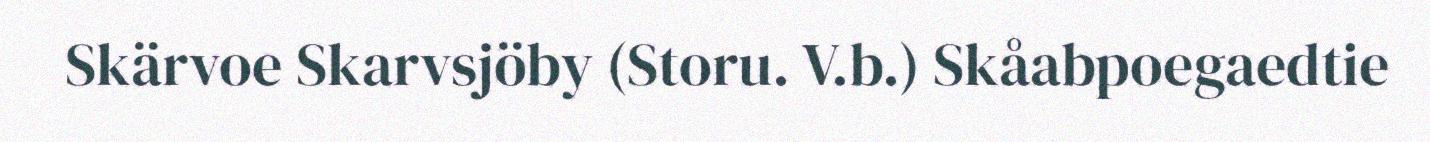
Skärvoe Skarvsjöby (Storu. V.b.) Skåabpoegaedtie